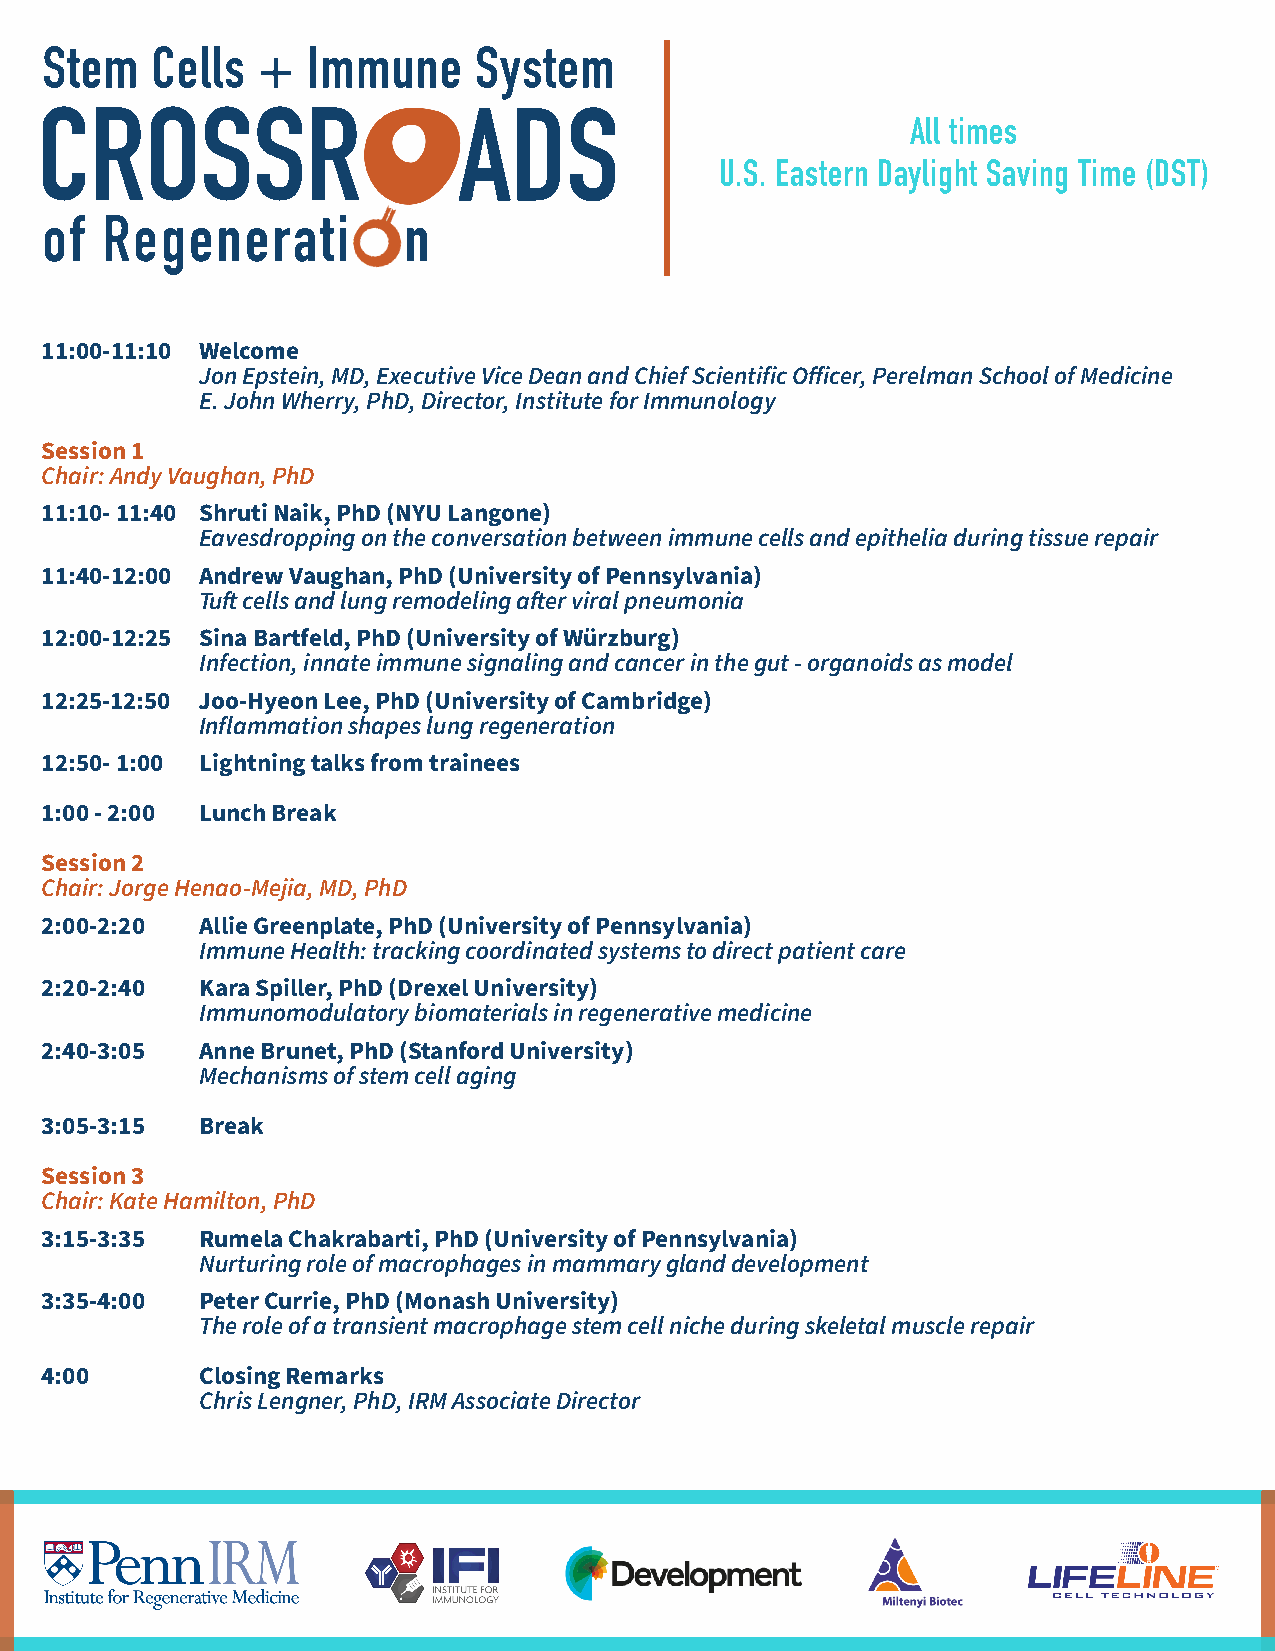
Stem   Cells  +  Immune     System
 CROSSR                      ADS
 All times
 U.S. Eastern Daylight Saving Time (DST)
 of  Regenerati          n
 11:00-11:10 Welcome
 Jon Epstein, MD, Executive Vice Dean and Chief Scientific Officer, Perelman School of Medicine
 E. John Wherry, PhD, Director, Institute for Immunology
 Session 1
 Chair: Andy Vaughan, PhD
 11:10- 11:40 Shruti Naik, PhD (NYU Langone)
 Eavesdropping on the conversation between immune cells and epithelia during tissue repair
 11:40-12:00 Andrew Vaughan, PhD (University of Pennsylvania)
 Tuft cells and lung remodeling after viral pneumonia
 12:00-12:25 Sina Bartfeld, PhD (University of Würzburg)
 Infection, innate immune signaling and cancer in the gut - organoids as model
 12:25-12:50 Joo-Hyeon Lee, PhD (University of Cambridge)
 Inflammation shapes lung regeneration
 12:50- 1:00 Lightning talks from trainees
 1:00 - 2:00 Lunch Break
 Session 2
 Chair: Jorge Henao-Mejia, MD, PhD
 2:00-2:20 Allie Greenplate, PhD (University of Pennsylvania)
 Immune Health: tracking coordinated systems to direct patient care
 2:20-2:40 Kara Spiller, PhD (Drexel University)
 Immunomodulatory biomaterials in regenerative medicine
 2:40-3:05 Anne Brunet, PhD (Stanford University)
 Mechanisms of stem cell aging
 3:05-3:15 Break
 Session 3
 Chair: Kate Hamilton, PhD
 3:15-3:35 Rumela Chakrabarti, PhD (University of Pennsylvania)
 Nurturing role of macrophages in mammary gland development
 3:35-4:00 Peter Currie, PhD (Monash University)
 The role of a transient macrophage stem cell niche during skeletal muscle repair
 4:00      Closing Remarks
 Chris Lengner, PhD, IRM Associate Director